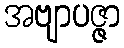
အဗျာပဇ္ဇာ